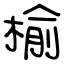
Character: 榆